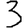
Digit: 3